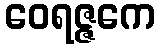
ဝေရဇ္ဇကေ